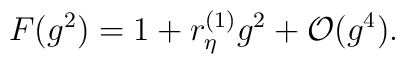
F(g^ 2) = 1 + r^{(1)}_\eta g^2 + {\cal O} (g^ 4).